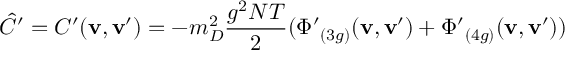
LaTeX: \hat { C } ^ { \prime } = C ^ { \prime } ( { \mathbf { v } , \mathbf { v } ^ { \prime } } ) = - m _ { D } ^ { 2 } { \frac { g ^ { 2 } N T } { 2 } } ( { \Phi ^ { \prime } } _ { ( 3 g ) } ( { \mathbf { v } , \mathbf { v } ^ { \prime } } ) + { \Phi ^ { \prime } } _ { ( 4 g ) } ( { \mathbf { v } , \mathbf { v } ^ { \prime } } ) )